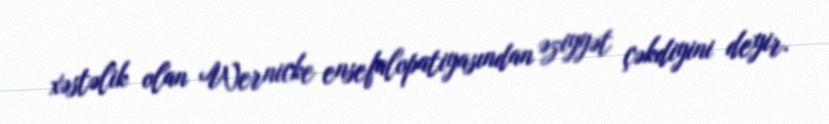
xəstəlik olan Wernicke ensefalopatiyasından əziyyət çəkdiyini deyir.